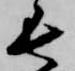
長